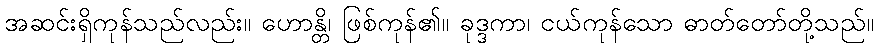
အဆင်းရှိကုန်သည်လည်း။ ဟောန္တိ၊ ဖြစ်ကုန်၏။ ခုဒ္ဒကာ၊ ငယ်ကုန်သော ဓာတ်တော်တို့သည်။